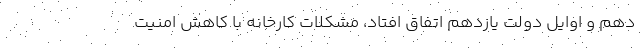
دهم و اوایل دولت یازدهم اتفاق افتاد، مشکلات کارخانه با کاهش امنیت